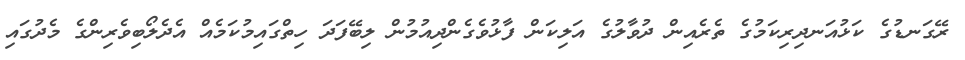
ރޭގަނޑުގެ ކަޅުއަނދިރިކަމުގެ ތެރެއިން ދުވާލުގެ އަލިކަން ފާޅުވެގެންދިއުމުން ލިބޭފަދަ ހިތްގައިމުކަމެއް އެދެލޯބިވެރިންގެ މެދުގައި